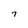
Character: 7